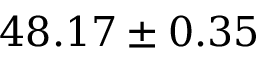
4 8 . 1 7 \pm 0 . 3 5